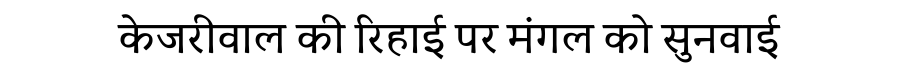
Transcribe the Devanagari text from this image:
केजरीवाल की रिहाई पर मंगल को सुनवाई